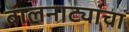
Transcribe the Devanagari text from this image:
बालनाट्यांचा